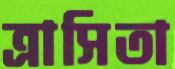
ত্রাসিতা